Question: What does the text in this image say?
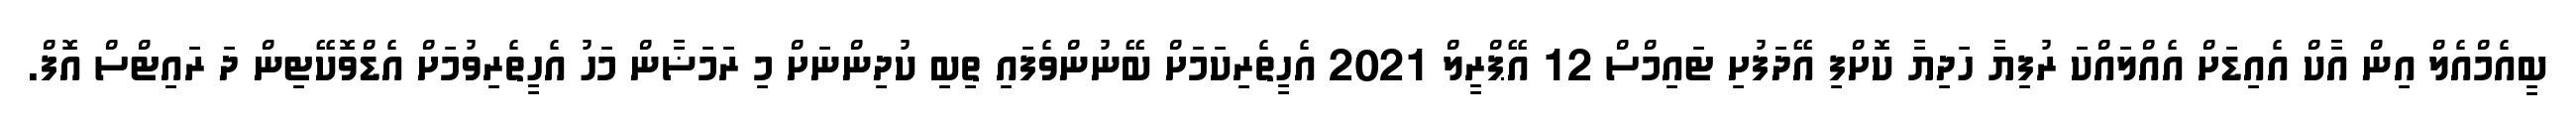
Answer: ބީއެމްއެލް އިން އާކް އެއިޑަށް އެއްލައްކަ ރުފިޔާ ހަދިޔާ ކޮށްފި އޭދަފުށި ޓައިމްސް 12 އޭޕްރީލް 2021 އެހީތެރިކަމަށް ބޭނުންވެފައި ތިބި ކުދިންނަށް މި ރަމަޟާން މަހު އެހީތެރިވުމަށް އެޑްވޮކޭޓިން ދަ ރައިޓްސް އޮފް.